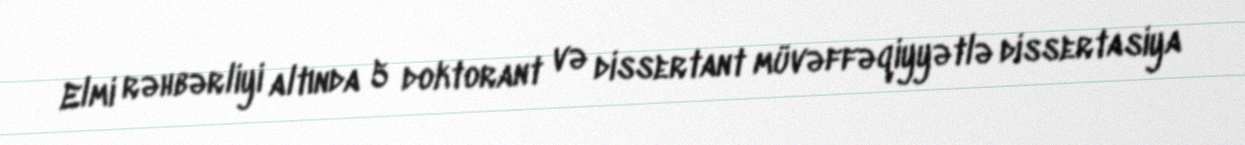
Elmi rəhbərliyi altında 5 doktorant və dissertant müvəffəqiyyətlə dissertasiya